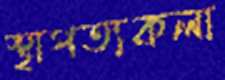
স্থাপত্যকলা